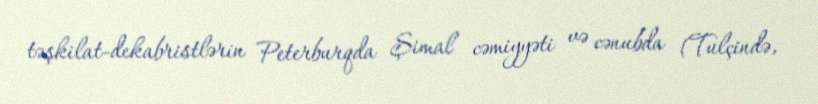
təşkilat-dekabristlərin Peterburqda Şimal cəmiyyəti və cənubda (Tulçində,